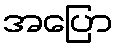
အပြော